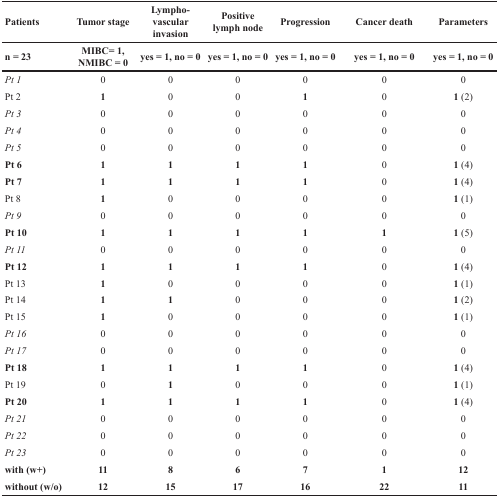
<table><thead><tr><td><b>Patients</b></td><td><b>Tumor stage</b></td><td><b>Lympho-vascular invasion</b></td><td><b>Positive lymph node</b></td><td><b>Progression</b></td><td><b>Cancer death</b></td><td><b>Parameters</b></td></tr></thead><tbody><tr><td><b>n = 23</b></td><td><b>MIBC= 1, NMIBC = 0</b></td><td><b>yes = 1, no = 0</b></td><td><b>yes = 1, no = 0</b></td><td><b>yes = 1, no = 0</b></td><td><b>yes = 1, no = 0</b></td><td><b>yes = 1, no = 0</b></td></tr><tr><td><i>Pt 1</i></td><td>0</td><td>0</td><td>0</td><td>0</td><td>0</td><td>0</td></tr><tr><td>Pt 2</td><td><b>1</b></td><td>0</td><td>0</td><td><b>1</b></td><td>0</td><td><b>1</b> (2)</td></tr><tr><td><i>Pt 3</i></td><td>0</td><td>0</td><td>0</td><td>0</td><td>0</td><td>0</td></tr><tr><td><i>Pt 4</i></td><td>0</td><td>0</td><td>0</td><td>0</td><td>0</td><td>0</td></tr><tr><td><i>Pt 5</i></td><td>0</td><td>0</td><td>0</td><td>0</td><td>0</td><td>0</td></tr><tr><td><b>Pt 6</b></td><td><b>1</b></td><td><b>1</b></td><td><b>1</b></td><td><b>1</b></td><td>0</td><td><b>1</b> (4)</td></tr><tr><td><b>Pt 7</b></td><td><b>1</b></td><td><b>1</b></td><td><b>1</b></td><td><b>1</b></td><td>0</td><td><b>1</b> (4)</td></tr><tr><td>Pt 8</td><td><b>1</b></td><td>0</td><td>0</td><td>0</td><td>0</td><td><b>1</b> (1)</td></tr><tr><td><i>Pt 9</i></td><td>0</td><td>0</td><td>0</td><td>0</td><td>0</td><td>0</td></tr><tr><td><b>Pt 10</b></td><td><b>1</b></td><td><b>1</b></td><td><b>1</b></td><td><b>1</b></td><td><b>1</b></td><td><b>1</b> (5)</td></tr><tr><td><i>Pt 11</i></td><td>0</td><td>0</td><td>0</td><td>0</td><td>0</td><td>0</td></tr><tr><td><b>Pt 12</b></td><td><b>1</b></td><td><b>1</b></td><td><b>1</b></td><td><b>1</b></td><td>0</td><td><b>1</b> (4)</td></tr><tr><td>Pt 13</td><td><b>1</b></td><td>0</td><td>0</td><td>0</td><td>0</td><td><b>1</b> (1)</td></tr><tr><td>Pt 14</td><td><b>1</b></td><td><b>1</b></td><td>0</td><td>0</td><td>0</td><td><b>1</b> (2)</td></tr><tr><td>Pt 15</td><td><b>1</b></td><td>0</td><td>0</td><td>0</td><td>0</td><td><b>1</b> (1)</td></tr><tr><td><i>Pt 16</i></td><td>0</td><td>0</td><td>0</td><td>0</td><td>0</td><td>0</td></tr><tr><td><i>Pt 17</i></td><td>0</td><td>0</td><td>0</td><td>0</td><td>0</td><td>0</td></tr><tr><td><b>Pt 18</b></td><td><b>1</b></td><td><b>1</b></td><td><b>1</b></td><td><b>1</b></td><td>0</td><td><b>1</b> (4)</td></tr><tr><td>Pt 19</td><td>0</td><td><b>1</b></td><td>0</td><td>0</td><td>0</td><td><b>1</b> (1)</td></tr><tr><td><b>Pt 20</b></td><td><b>1</b></td><td><b>1</b></td><td><b>1</b></td><td><b>1</b></td><td>0</td><td><b>1</b> (4)</td></tr><tr><td><i>Pt 21</i></td><td>0</td><td>0</td><td>0</td><td>0</td><td>0</td><td>0</td></tr><tr><td><i>Pt 22</i></td><td>0</td><td>0</td><td>0</td><td>0</td><td>0</td><td>0</td></tr><tr><td><i>Pt 23</i></td><td>0</td><td>0</td><td>0</td><td>0</td><td>0</td><td>0</td></tr><tr><td><b>with (w+)</b></td><td><b>11</b></td><td><b>8</b></td><td><b>6</b></td><td><b>7</b></td><td><b>1</b></td><td><b>12</b></td></tr><tr><td><b>without (w/o)</b></td><td><b>12</b></td><td><b>15</b></td><td><b>17</b></td><td><b>16</b></td><td><b>22</b></td><td><b>11</b></td></tr></tbody></table>